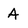
Character: A